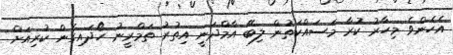
އެހެންވެ މިހާރު ކުރާ މަސައްކަތުން ލިބޭ އާމްދަނީ އިތުރު ތަމްރީނު ހޯދައިގެން ކުރިއަށް